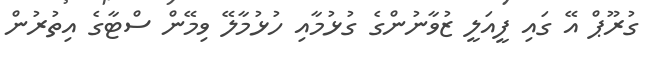
ގުރޫޕް އޭ ގައި ފީއަލީ ޒުވާނުންގެ ގުޅުމާއި ހުޅުމާލޭ ވިމޭން ސްޓާގެ އިތުރުން